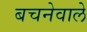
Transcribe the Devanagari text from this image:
बचनेवाले